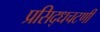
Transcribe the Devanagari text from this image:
प्रसिद्धचटणी